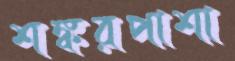
শঙ্করপাশা